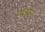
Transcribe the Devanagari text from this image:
मात्रांना